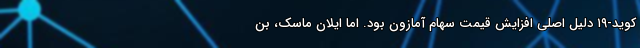
کوید-۱۹ دلیل اصلی افزایش قیمت سهام آمازون بود. اما ایلان ماسک، بن